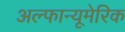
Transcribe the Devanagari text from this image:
अल्फान्यूमेरिक